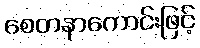
စေတနာကောင်းဖြင့်